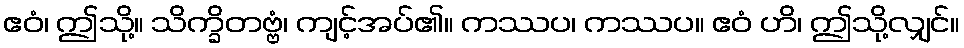
ဧဝံ၊ ဤသို့။ သိက္ခိတဗ္ဗံ၊ ကျင့်အပ်၏။ ကဿပ၊ ကဿပ။ ဧဝံ ဟိ၊ ဤသို့လျှင်။